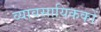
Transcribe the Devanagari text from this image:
व्यावसायिककों